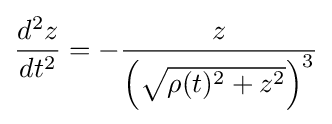
{\frac {d^{2}z}{dt^{2}}}=-{\frac {z}{\left({\sqrt {\rho (t)^{2}+z^{2}}}\right)^{3}}}